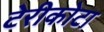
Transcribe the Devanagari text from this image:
टेरीकोटा